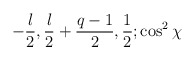
\begin{align*}-{l \over 2}, {l \over 2} + {q-1 \over 2}, {1 \over 2}; \cos^2 \chi\end{align*}